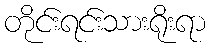
တိုင်းရင်းသားရိုးရာ